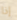
إذا